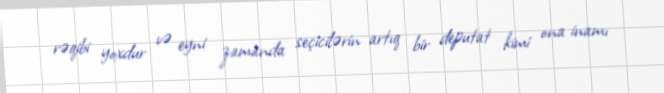
rəqibi yoxdur və eyni zamanda seçicilərin artıq bir deputat kimi ona inamı